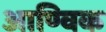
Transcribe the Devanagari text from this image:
आण्‍विक